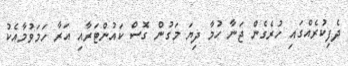
ދެފިކުރެއްގައި ހުރެގެން ޖަނާ ހުމާ ދިޔަ މަގުން ގޮސް ކައުންޓަރާއި އަރާ ހަމަވުމާއެކު